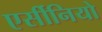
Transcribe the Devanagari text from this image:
एर्सीनियो